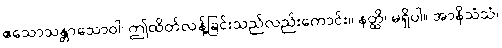
ဧသောသန္တာသောဝါ၊ ဤထိတ်လန့်ခြင်းသည်လည်းကောင်း။ နတ္ထိ၊ မရှိပါ။ အာနိသံသံ၊